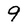
Character: 9